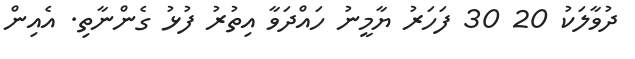
ދުވާލަކު 20 30 ފަހަރު ޔާމީނު ހައްދަވާ އިތުރު ފުޅު ގެންނާތި. އެއިން